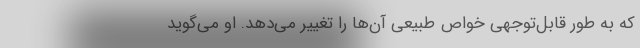
که به طور قابل‌توجهی خواص طبیعی آن‌ها را تغییر می‌دهد. او می‌گوید